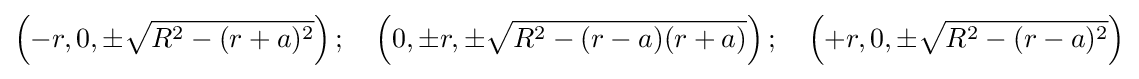
\left(-r,0,\pm {\sqrt {R^{2}-(r+a)^{2}}}\right);\quad \left(0,\pm r,\pm {\sqrt {R^{2}-(r-a)(r+a)}}\right);\quad \left(+r,0,\pm {\sqrt {R^{2}-(r-a)^{2}}}\right)